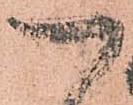
一